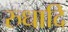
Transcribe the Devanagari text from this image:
रुधादि